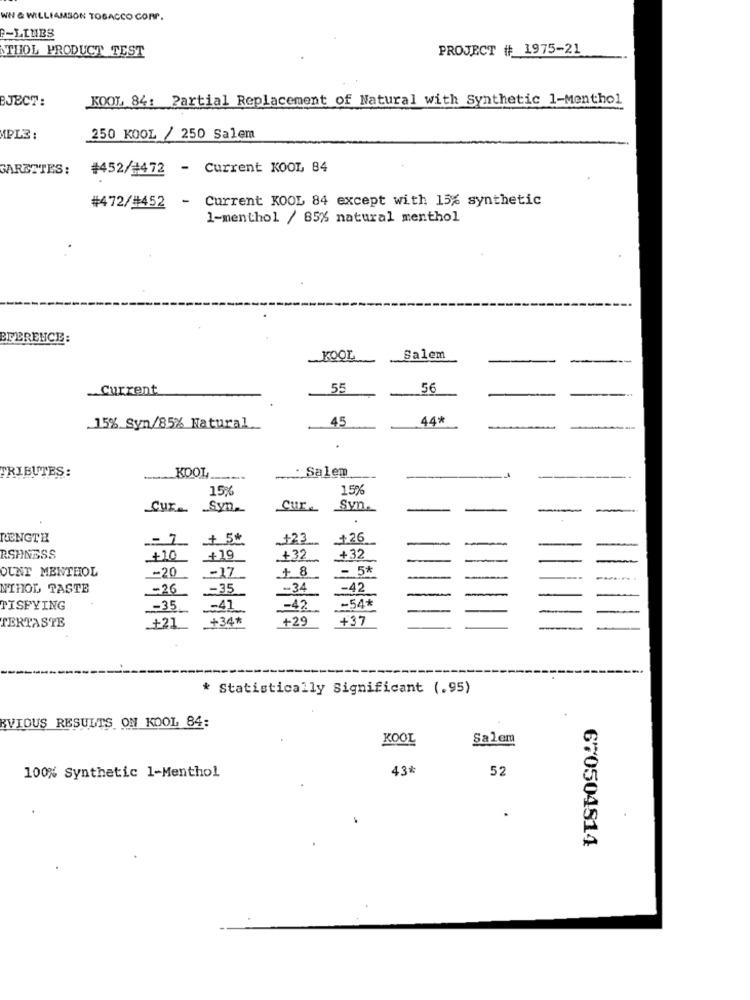
WH & WILLIAMSON TOBACCO CORP.
B-LINES
ATHOL PRODUCT TEST
PROJECT # 1975-21
BJECT:
KOOL 84: Partial Replacement of Natural with Synthetic 1-Menthol
MPLE :
250 KOOL / 250 Salem
GARZETES:
#452/#472 - Current KOOL 84
Current KOOL 84 except with 15% synthetic
#472/#452
-
1-menthol / 85% natural menthol
EFERENCE:
.KOOL
Salem
Current
55
56
45
44*
.15% Syn/85% Natural.
KOOL
..... Salem
TRIBUTES:
-
15%
15%
Cur_
Syn-
Cure
SVD.
LENGTE
+23
_+26
RSHNESS
+10
+19
+32
+32
OUNT MENTHOL
-20
+1
- 5*
NIHOL TASTE
-26
-35
-34
-42
=54*
TISFYING
-35
_- 41
-42
_+21
+34*
+29
+37
TERTASTE
* Statistically Significant (.95)
BVIOUS RESULTS ON KOOL 84:
KOOL
Salem
43*
52
100% Synthetic 1-Menthol
670504814